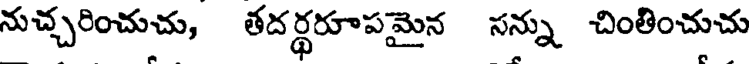
నుచ్చరించుచు, తదర్థరూపమైన సన్ను చింతించుచు